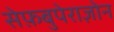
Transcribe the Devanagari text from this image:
सेफ़बुपेराज़ोन